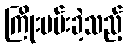
ကြိုးပမ်းခဲ့သည့်